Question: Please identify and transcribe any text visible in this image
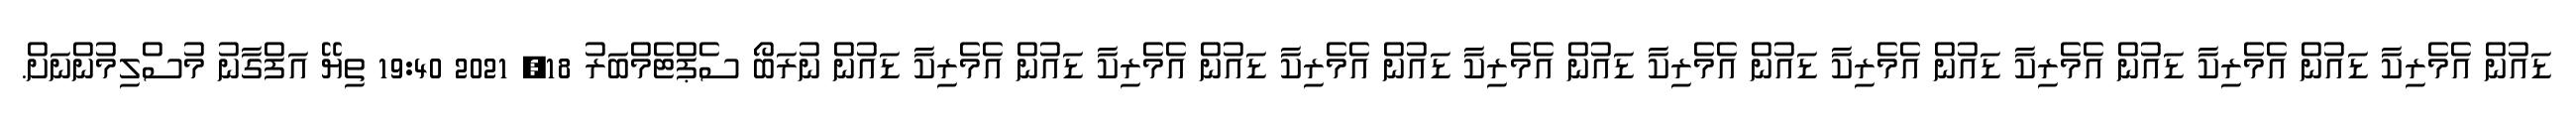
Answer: ޑައުން އެމެރިކާ ޑައުން އެމެރިކާ ޑައުން އެމެރިކާ ޑައުން އެމެރިކާ ޑައުން އެމެރިކާ ޑައުން އެމެރިކާ ޑައުން އެމެރިކާ ޑައުން އެމެރިކާ ޑައުން އެމެރިކާ ޑައުން ނުރަބޯ ސެޕްޓެމްބަރު 18, 2021 19:40 ތިޔޭ އަފްގާނު މުސްލިމުންނަށް.